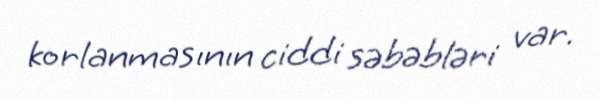
korlanmasının ciddi səbəbləri var.